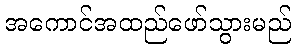
အကောင်အထည်ဖော်သွားမည်